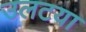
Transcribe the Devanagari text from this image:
उलटया